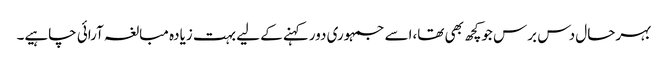
بہرحال دس برس جوکچھ بھی تھا،اسے جمہوری دورکہنے کے لیے بہت زیادہ مبالغہ آرائی چاہیے۔